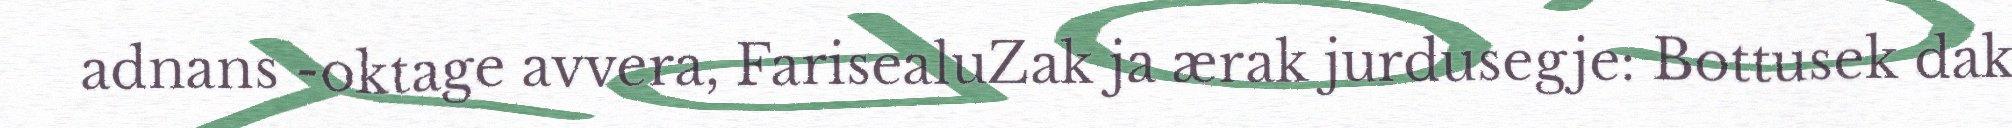
adnans -oktage avvera, FarisealuZak ja ærak jurdusegje: Bottusek dak